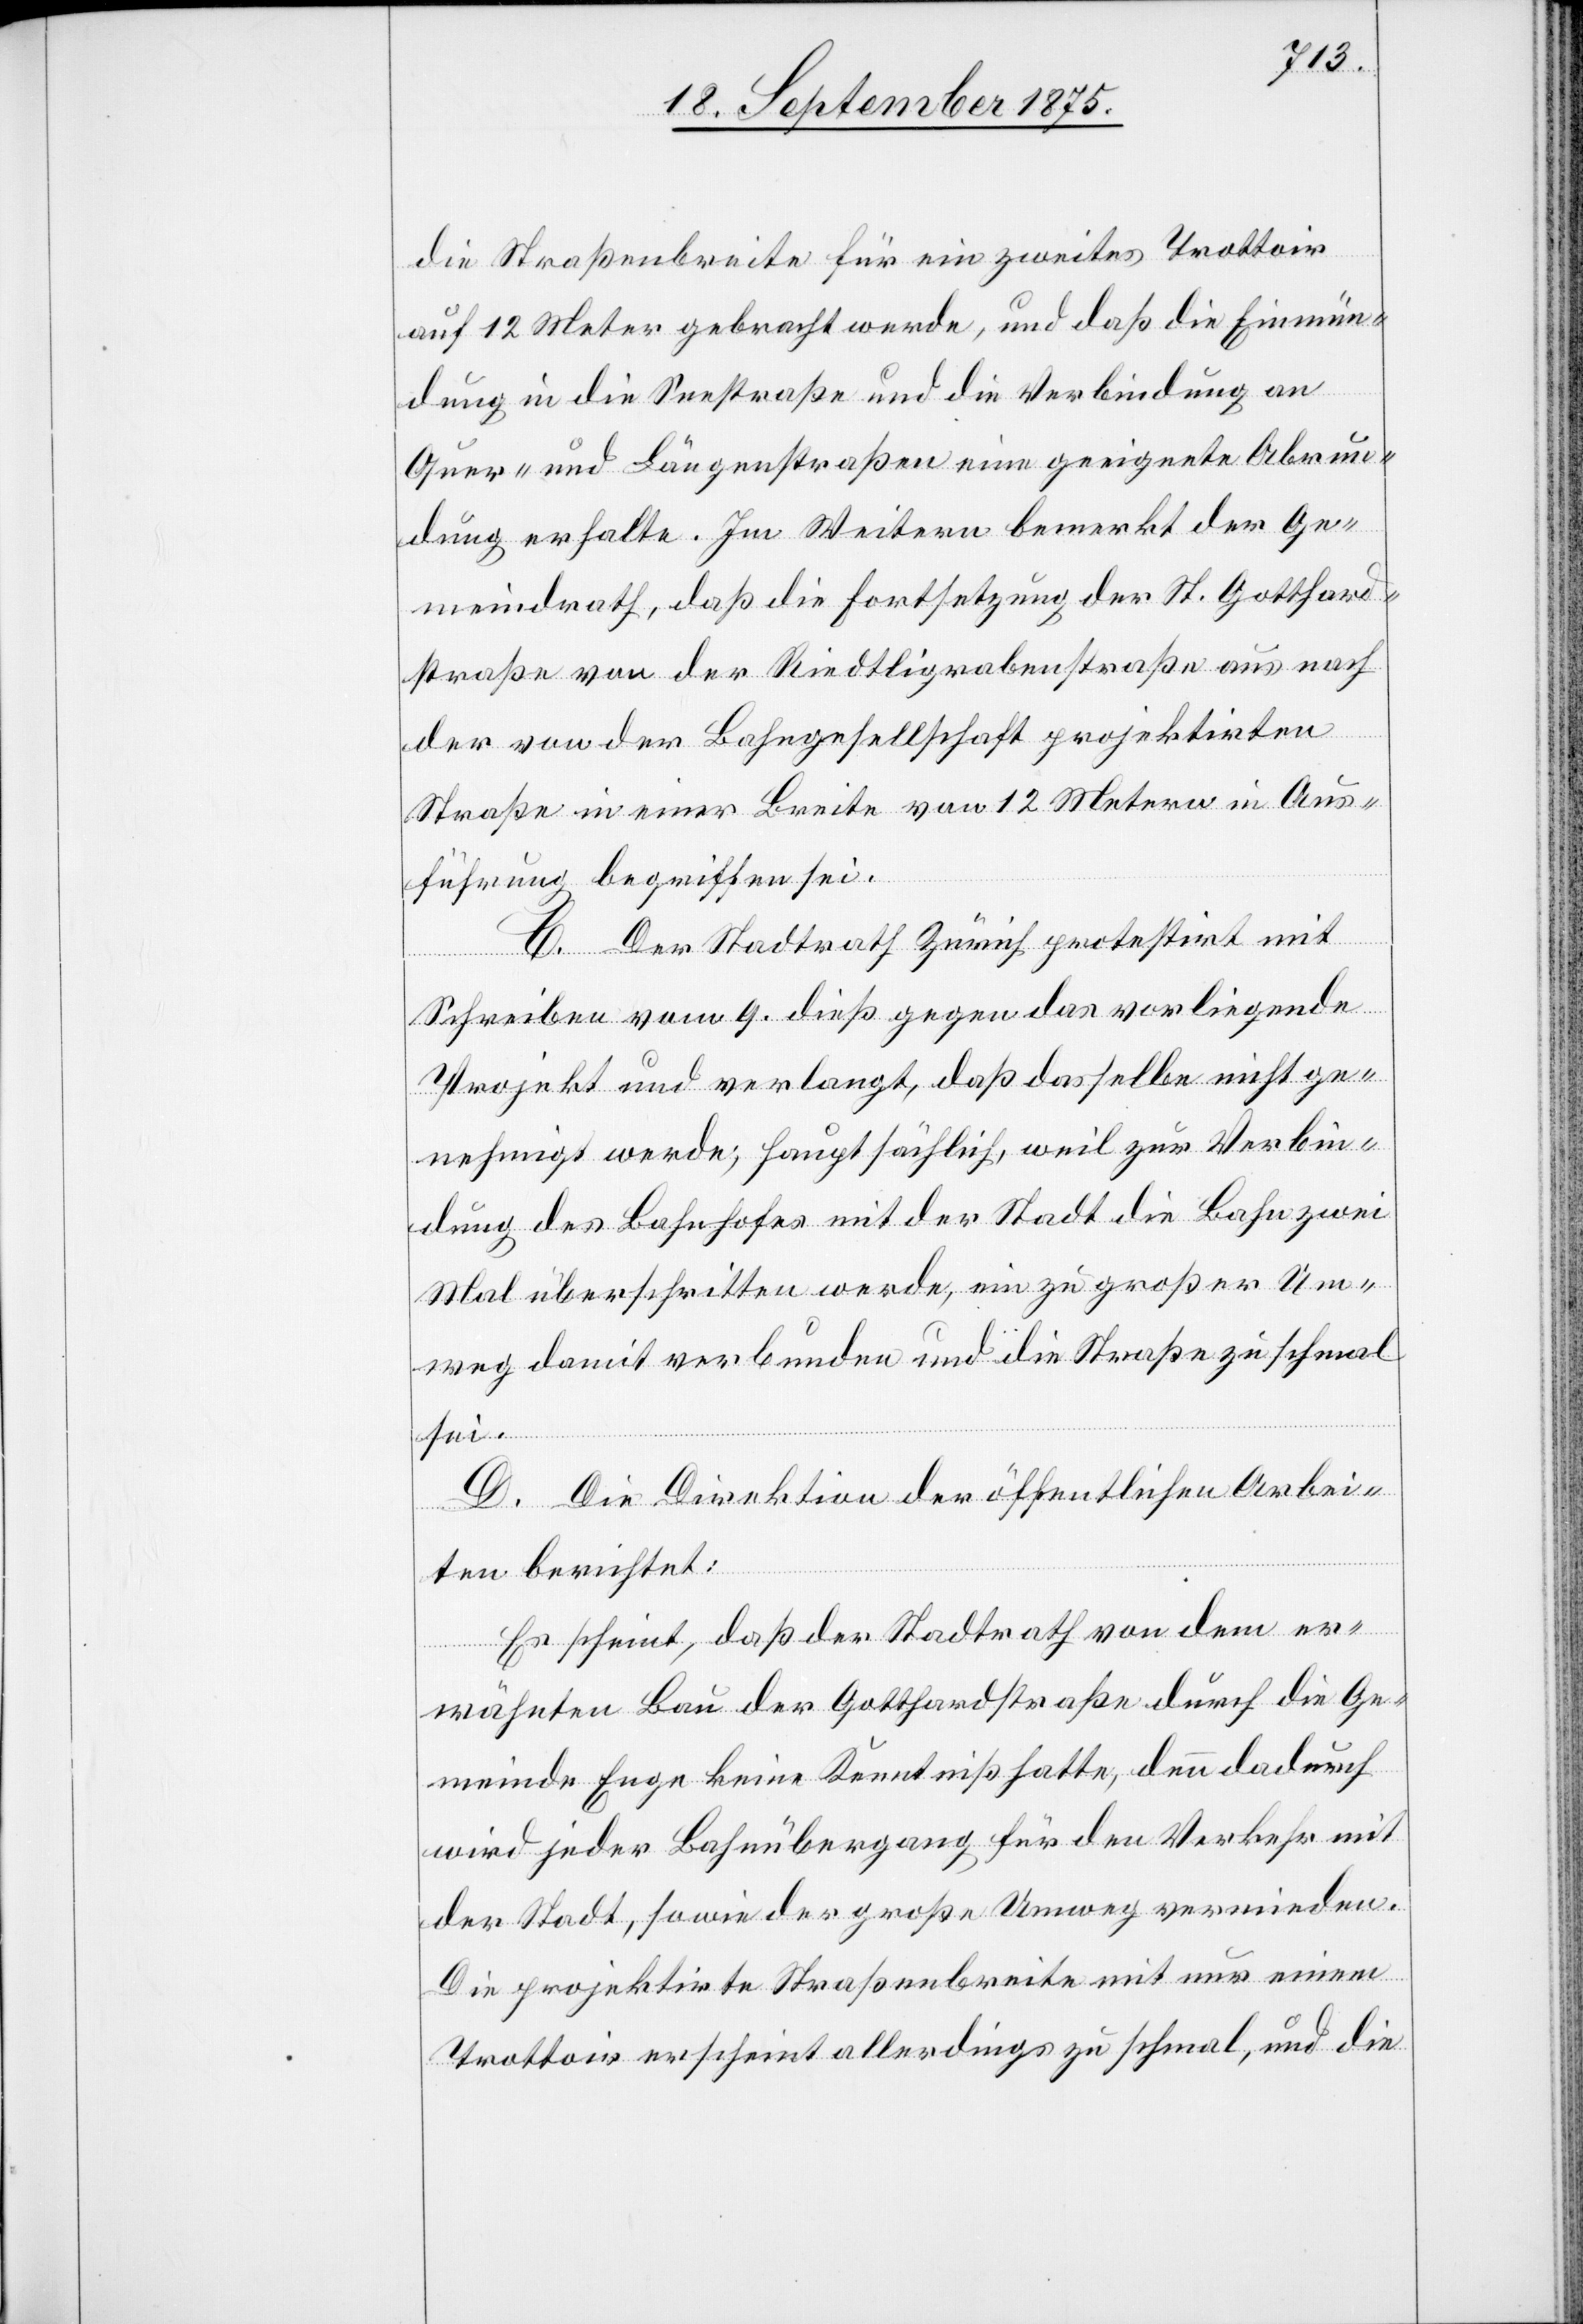
die Straßenbreite für ein zweites Trottoir
auf 12 Meter gebracht werde, und daß die Einmün¬
dung in die Seestraße und die Verbindung an
Quer- und Längenstraßen eine geeignete Abrun¬
dung erhalte. Im Weitern bemerkt der Ge¬
meindrath, daß die Fortsetzung der St. Gotthard¬
straße von der Riedtligrabenstraße aus nach
der von der Bahngesellschaft projektirten
Straße in einer Breite von 12 Metern in Aus¬
führung begriffen sei.
C. Der Stadtrath Zürich protestirt mit
Schreiben vom 9. dieß gegen das vorliegende
Projekt und verlangt, daß dasselbe nicht ge¬
nehmigt werde, hauptsächlich, weil zur Verbin¬
dung des Bahnhofes mit der Stadt die Bahn zwei
Mal überschritten werde, ein zu großer Um¬
weg damit verbunden und die Straße zu schmal
sei.
D. Die Direktion der öffentlichen Arbei¬
ten berichtet:
Es scheint, daß der Stadtrath von dem er¬
wähnten Bau der Gotthardstraße durch die Ge¬
meinde Enge keine Kenntniß hatte, denn dadurch
wird jeder Bahnübergang für den Verkehr mit
der Stadt, sowie der große Umweg vermieden.
Die projektirte Straßenbreite mit nur einem
Trottoir erscheint allerdings zu schmal, und die